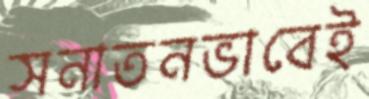
সনাতনভাবেই